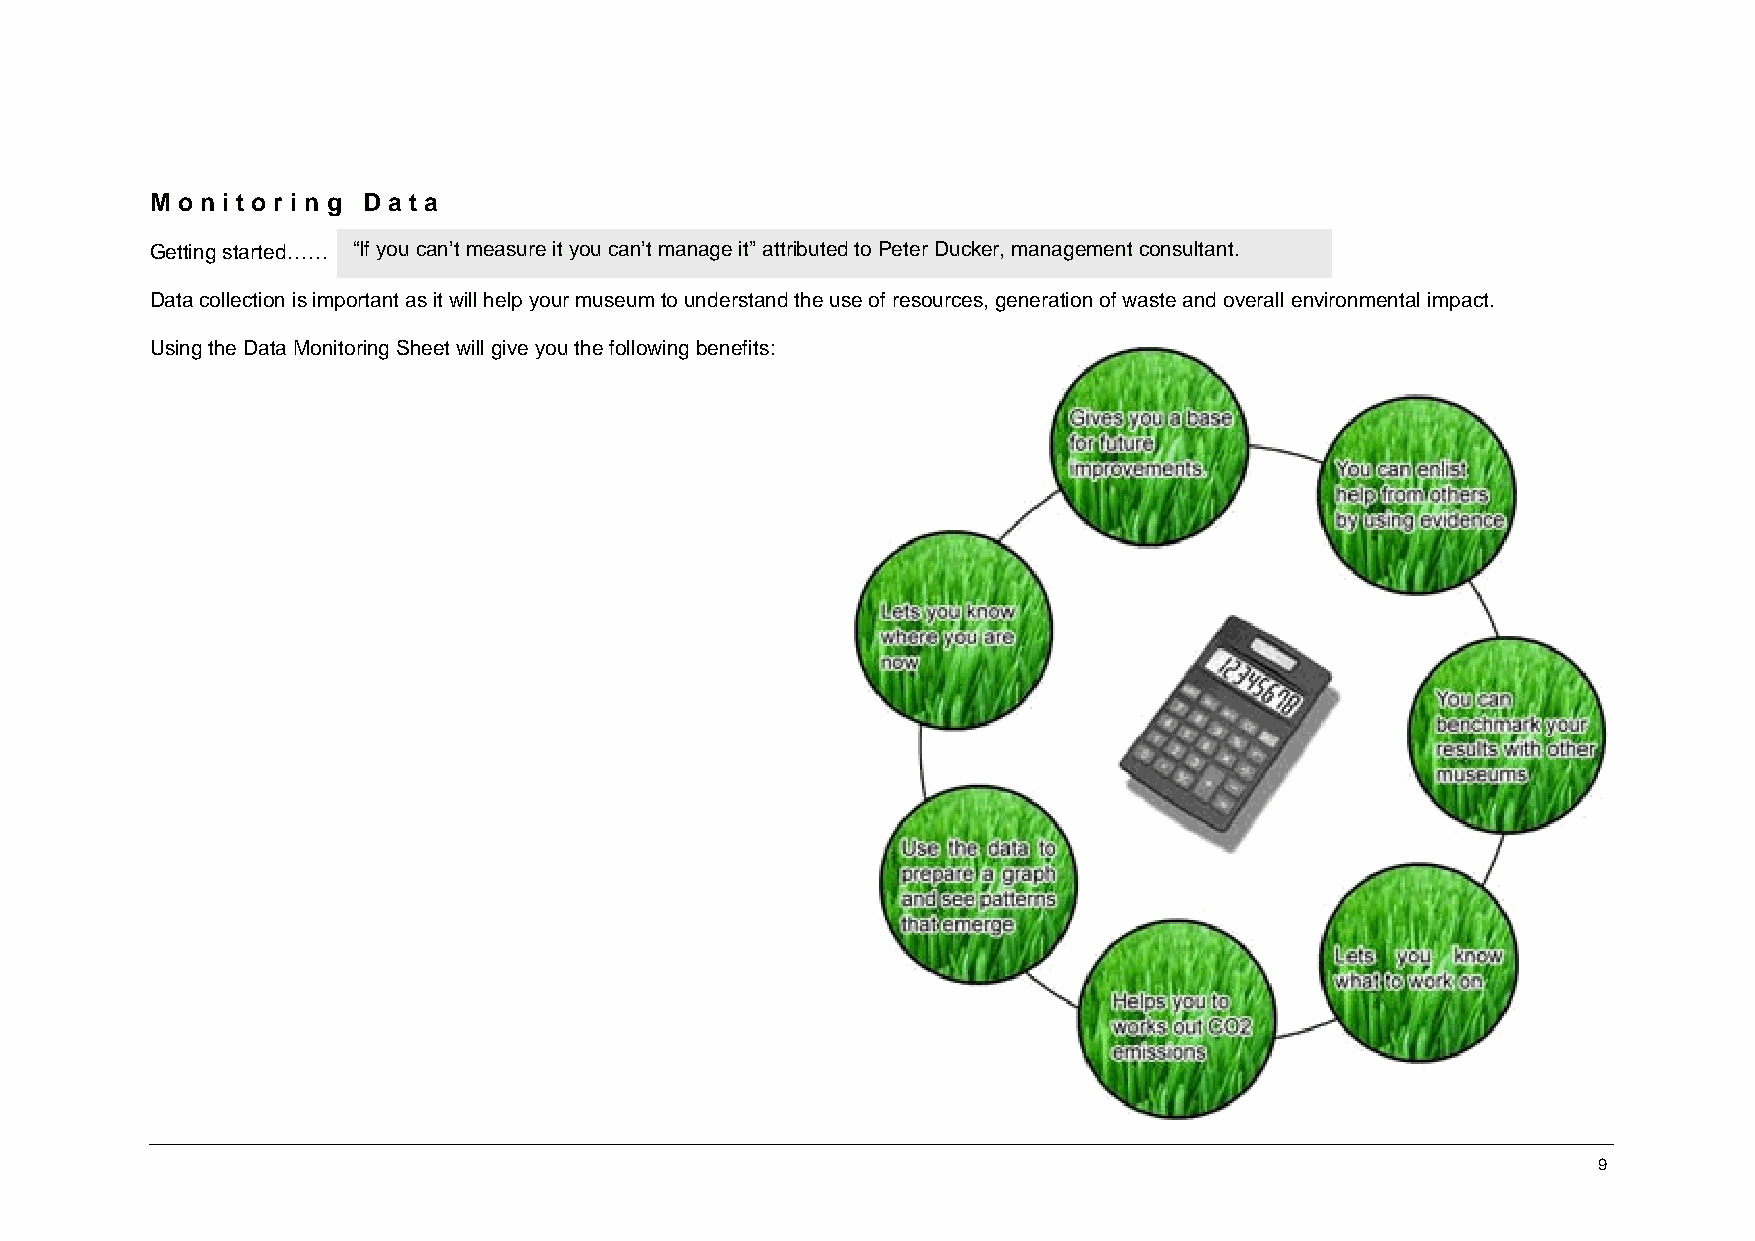
M o n i t o r i n g D a t a
 Getting started…… “If you can’t measure it you can’t manage it” attributed to Peter Ducker, management consultant.
 Data collection is important as it will help your museum to understand the use of resources, generation of waste and overall environmental impact.
 Using the Data Monitoring Sheet will give you the following benefits:
 9